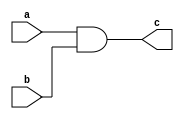
module and_gate(c,a,b);
output c;
input a,b;
wire x;
nand(x,a,b);
nand(c,x,x);
endmodule

module xor_gate(c,a,b);
output c;
input a,b;
wire w,x,y,z;
nand(w,a,a);
nand(x,b,b);
nand(z,b,w);
nand(y,x,a);
nand(c,y,z);
endmodule

module halfadder(s,c,a,b);
output s,c;
input a,b;
and_gate and_gate1(c,a,b);
xor_gate xor_gate1(s,a,b);
endmodule